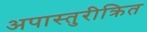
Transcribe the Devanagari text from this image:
अपास्तुरीक्रित